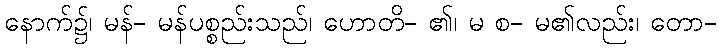
နောက်၌၊ မန်- မန်ပစ္စည်းသည်၊ ဟောတိ- ၏၊ မ စ- မ၏လည်း၊ တော-